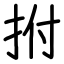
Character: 拊